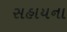
સહાયના